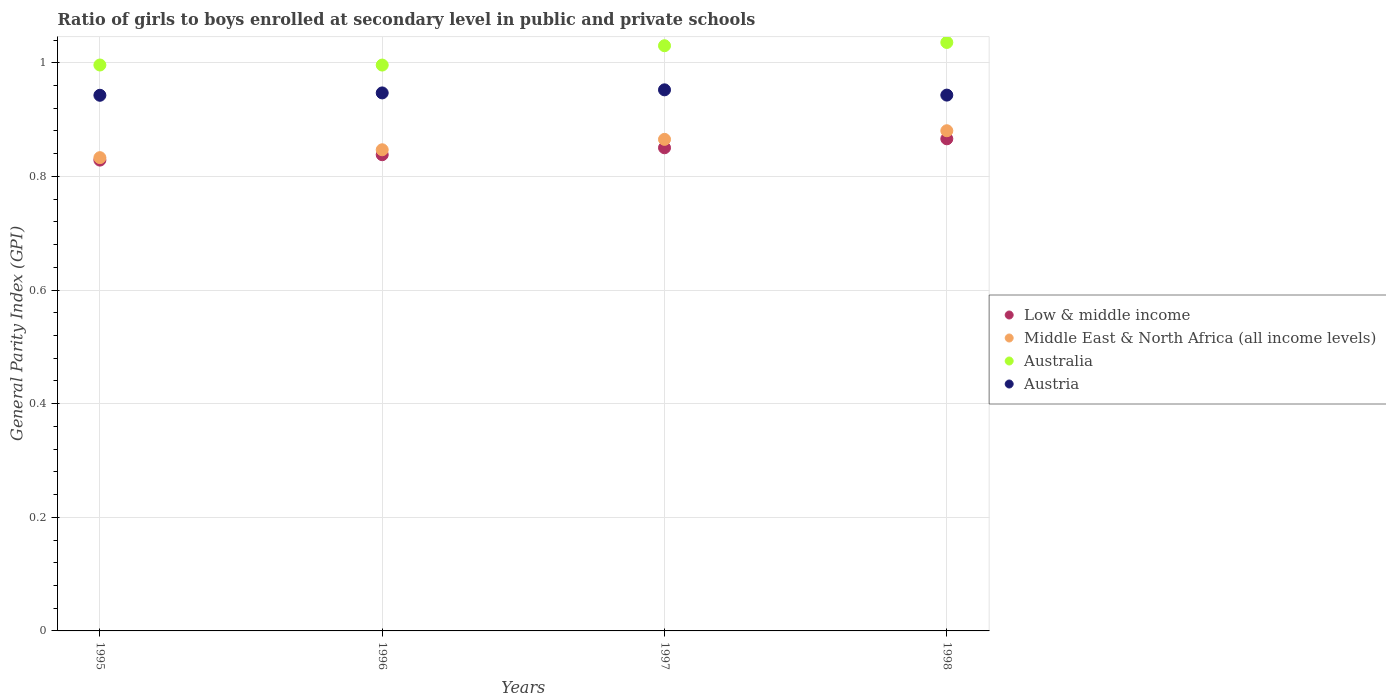
| Years | Low & middle income | Middle East & North Africa (all income levels) | Australia | Austria |
 | --- | --- | --- | --- | --- |
 | 1995 | 0.829 | 0.833 | 0.996 | 0.943 |
 | 1996 | 0.838 | 0.847 | 0.996 | 0.947 |
 | 1997 | 0.85 | 0.865 | 1.03 | 0.952 |
 | 1998 | 0.866 | 0.88 | 1.04 | 0.943 |